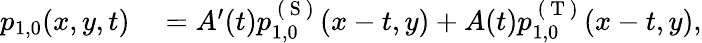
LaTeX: \begin{array}{rl}{p_{1,0}(x,y,t)}&{{}=A^{\prime}(t)p_{1,0}^{\mathrm{~(~S~)~}}(x-t,y)+A(t)p_{1,0}^{\mathrm{~(~T~)~}}(x-t,y),}\end{array}